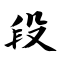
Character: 段